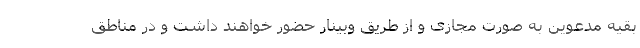
بقیه مدعوین به صورت مجازی و از طریق وبینار حضور خواهند داشت و در مناطق